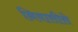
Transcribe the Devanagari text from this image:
निवासीसे